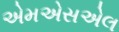
એમએસએલ